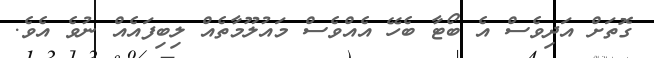
ގޮތަށް އަދިވެސް އެ ބޯޓާ ބެހޭ އެއްވެސް މައުލޫމާތެއް ލިބިފައެއް ނުވެ އެވެ.